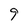
Character: 9